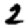
Digit: 2